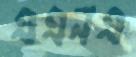
এএনএ